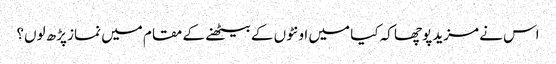
اس نے مزید پوچھا کہ کیا میں اونٹوں کے بیٹھنے کے مقام میں نماز پڑھ لوں؟